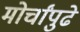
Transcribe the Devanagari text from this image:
मोर्चांपुढे